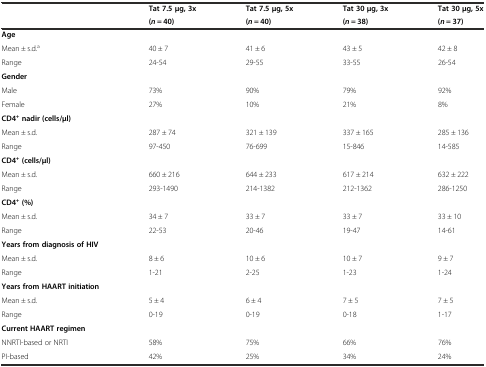
<table><thead><tr><td rowspan="2"></td><td><b>Tat 7.5 μg, 3x</b></td><td><b>Tat 7.5 μg, 5x</b></td><td><b>Tat 30 μg, 3x</b></td><td><b>Tat 30 μg, 5x</b></td></tr><tr><td><b>(<i>n</i> = 40)</b></td><td><b>(<i>n</i> = 40)</b></td><td><b>(<i>n</i> = 38)</b></td><td><b>(<i>n</i> = 37)</b></td></tr></thead><tbody><tr><td><b>Age</b></td><td></td><td></td><td></td><td></td></tr><tr><td>Mean ± s.d.<sup>a</sup></td><td>40 ± 7</td><td>41 ± 6</td><td>43 ± 5</td><td>42 ± 8</td></tr><tr><td>Range</td><td>24-54</td><td>29-55</td><td>33-55</td><td>26-54</td></tr><tr><td><b>Gender</b></td><td></td><td></td><td></td><td></td></tr><tr><td>Male</td><td>73%</td><td>90%</td><td>79%</td><td>92%</td></tr><tr><td>Female</td><td>27%</td><td>10%</td><td>21%</td><td>8%</td></tr><tr><td><b>CD4</b><sup><b>+</b></sup><b>nadir (cells/μl)</b></td><td></td><td></td><td></td><td></td></tr><tr><td>Mean ± s.d.</td><td>287 ± 74</td><td>321 ± 139</td><td>337 ± 165</td><td>285 ± 136</td></tr><tr><td>Range</td><td>97-450</td><td>76-699</td><td>15-846</td><td>14-585</td></tr><tr><td><b>CD4</b><sup><b>+</b></sup><b>(cells/μl)</b></td><td></td><td></td><td></td><td></td></tr><tr><td>Mean ± s.d.</td><td>660 ± 216</td><td>644 ± 233</td><td>617 ± 214</td><td>632 ± 222</td></tr><tr><td>Range</td><td>293-1490</td><td>214-1382</td><td>212-1362</td><td>286-1250</td></tr><tr><td><b>CD4</b><sup><b>+</b></sup><b>(%)</b></td><td></td><td></td><td></td><td></td></tr><tr><td>Mean ± s.d.</td><td>34 ± 7</td><td>33 ± 7</td><td>33 ± 7</td><td>33 ± 10</td></tr><tr><td>Range</td><td>22-53</td><td>20-46</td><td>19-47</td><td>14-61</td></tr><tr><td><b>Years from diagnosis of HIV</b></td><td></td><td></td><td></td><td></td></tr><tr><td>Mean ± s.d.</td><td>8 ± 6</td><td>10 ± 6</td><td>10 ± 7</td><td>9 ± 7</td></tr><tr><td>Range</td><td>1-21</td><td>2-25</td><td>1-23</td><td>1-24</td></tr><tr><td><b>Years from HAART initiation</b></td><td></td><td></td><td></td><td></td></tr><tr><td>Mean ± s.d.</td><td>5 ± 4</td><td>6 ± 4</td><td>7 ± 5</td><td>7 ± 5</td></tr><tr><td>Range</td><td>0-19</td><td>0-19</td><td>0-18</td><td>1-17</td></tr><tr><td><b>Current HAART regimen</b></td><td></td><td></td><td></td><td></td></tr><tr><td>NNRTI-based or NRTI</td><td>58%</td><td>75%</td><td>66%</td><td>76%</td></tr><tr><td>PI-based</td><td>42%</td><td>25%</td><td>34%</td><td>24%</td></tr></tbody></table>